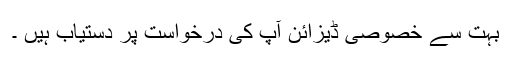
بہت سے خصوصی ڈیزائن آپ کی درخواست پر دستیاب ہیں ۔